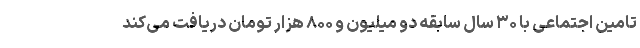
تامین اجتماعی با ۳۰ سال سابقه دو میلیون و ۸۰۰ هزار تومان دریافت می‌کند